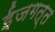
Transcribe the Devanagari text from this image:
ईजगत्त